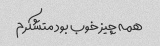
همه چیز خوب بود متشکرم